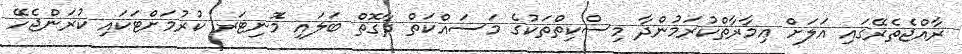
ރާއްޖެތެރޭގައި އަލަށް ޢިމާރާތްކުރަމުންދާ މިސްކިތްތަކުގެ މަސައްކަތް ދާގޮތް ބަލައި މޮނިޓަރ ކުރުމަށްޓަކައި ކުރަންޖެހޭ